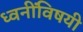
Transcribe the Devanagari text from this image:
ध्वनींविषयी